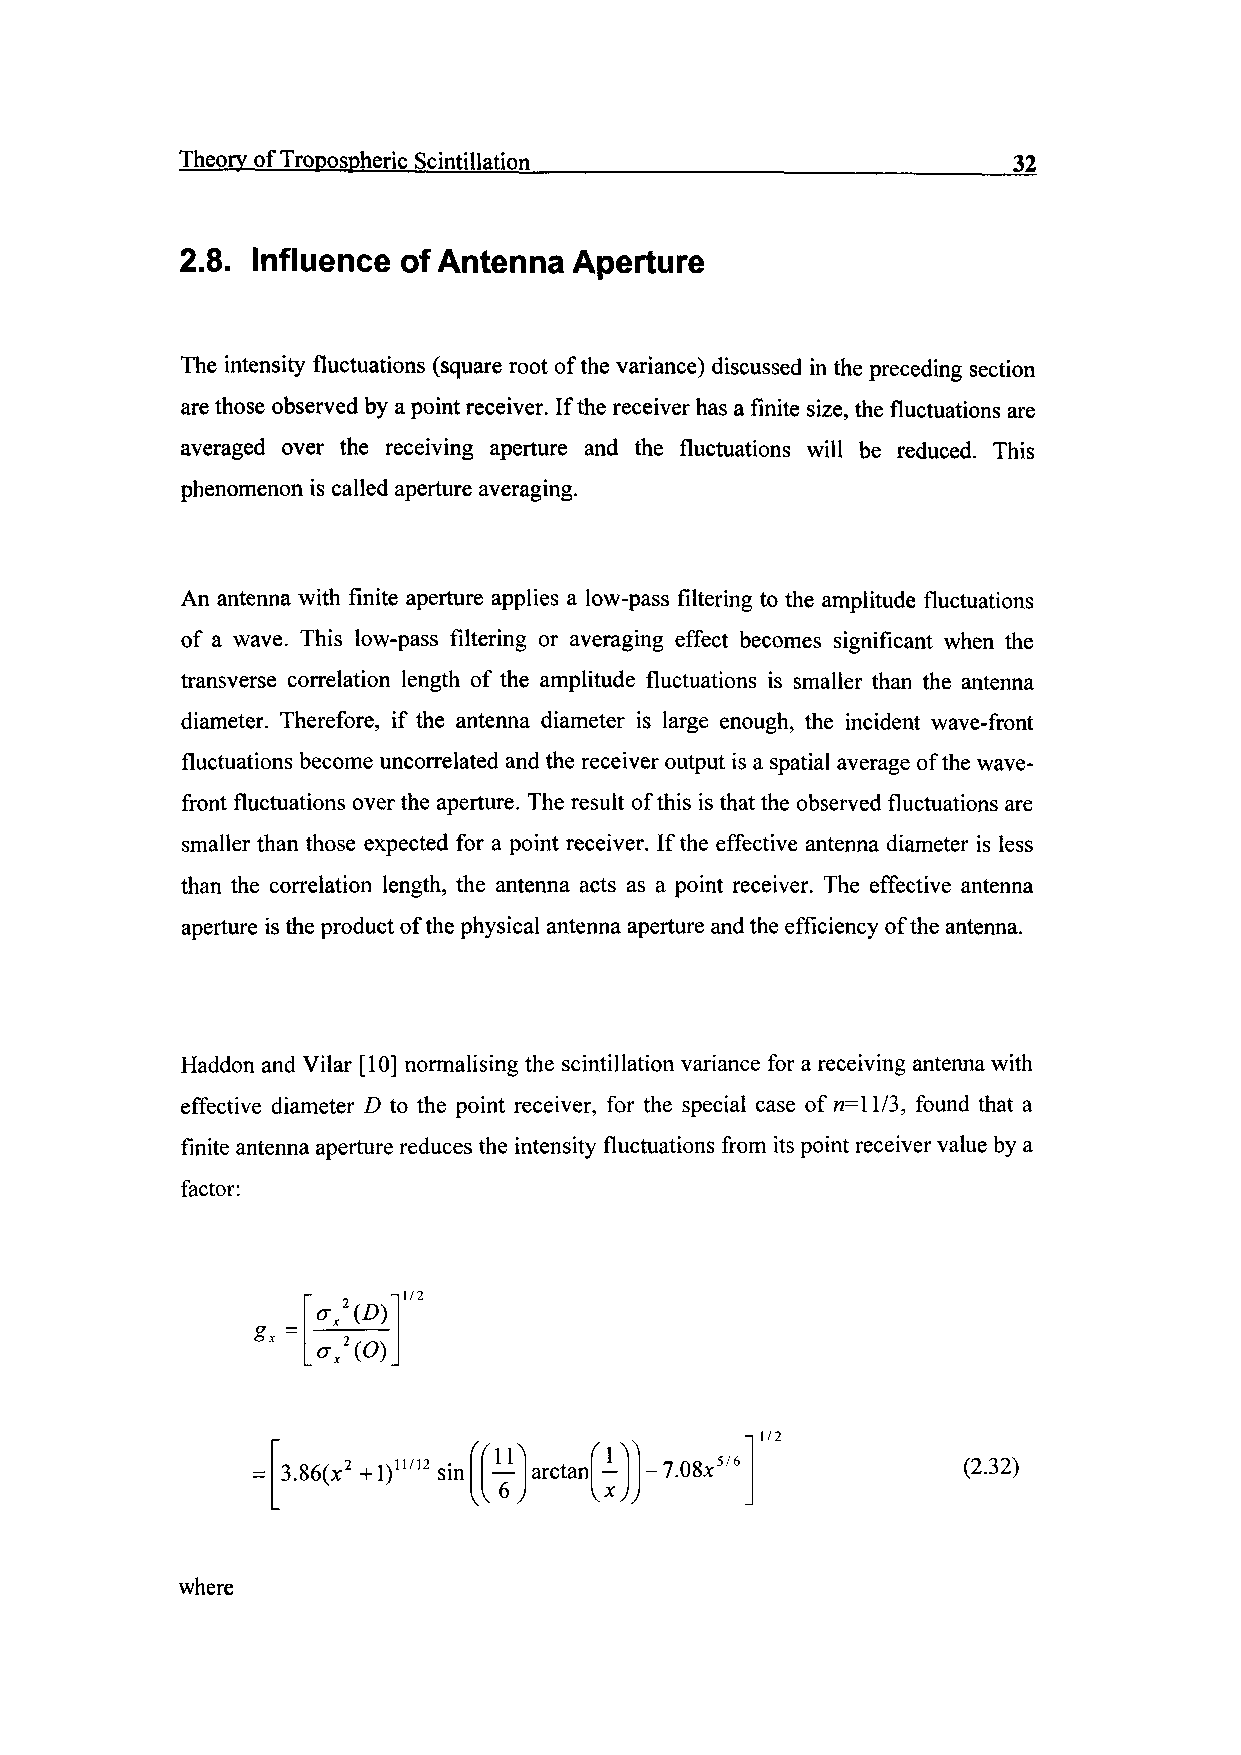
Theory of Tropospheric Scintillation                   32
 2.8. Influence of Antenna Aperture
 The intensity fluctuations (square root of the variance) discussed in the preceding section
 are those observed by a point receiver. If the receiver has a finite size, the fluctuations are
 averaged over the receiving aperture and the fluctuations will be reduced. This
 phenomenon is called aperture averaging.
 An antenna with finite aperture applies a low-pass filtering to the amplitude fluctuations
 of a wave. This low-pass filtering or averaging effect becomes significant when the
 transverse correlation length of the amplitude fluctuations is smaller than the antenna
 diameter. Therefore, if the antenna diameter is large enough, the incident wave-front
 fluctuations become uncorrelated and the receiver output is a spatial average of the wave-
 front fluctuations over the aperture. The result of this is that the observed fluctuations are
 smaller than those expected for a point receiver. If the effective antenna diameter is less
 than the correlation length, the antenna acts as a point receiver. The effective antenna
 aperture is the product of the physical antenna aperture and the efficiency of the antenna.
 Haddon and Vilar [10] normalising the scintillation variance for a receiving antenna with
 effective diameter D to the point receiver, for the special case of n=l 1/3, found that a
 finite antenna aperture reduces the intensity fluctuations from its point receiver value by a
 factor:
 -,1/2
 11               1/2
 3.86(x2 +1)11/12 sin arctan - -7.08*5/6      (2.32)
 where